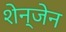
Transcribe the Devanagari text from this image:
शेन्जेन